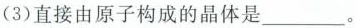
(3)直接由原子构成的晶体是___。